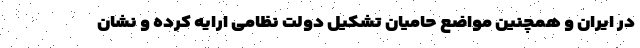
در ایران و همچنین مواضع حامیان تشکیل دولت نظامی ارایه کرده و نشان